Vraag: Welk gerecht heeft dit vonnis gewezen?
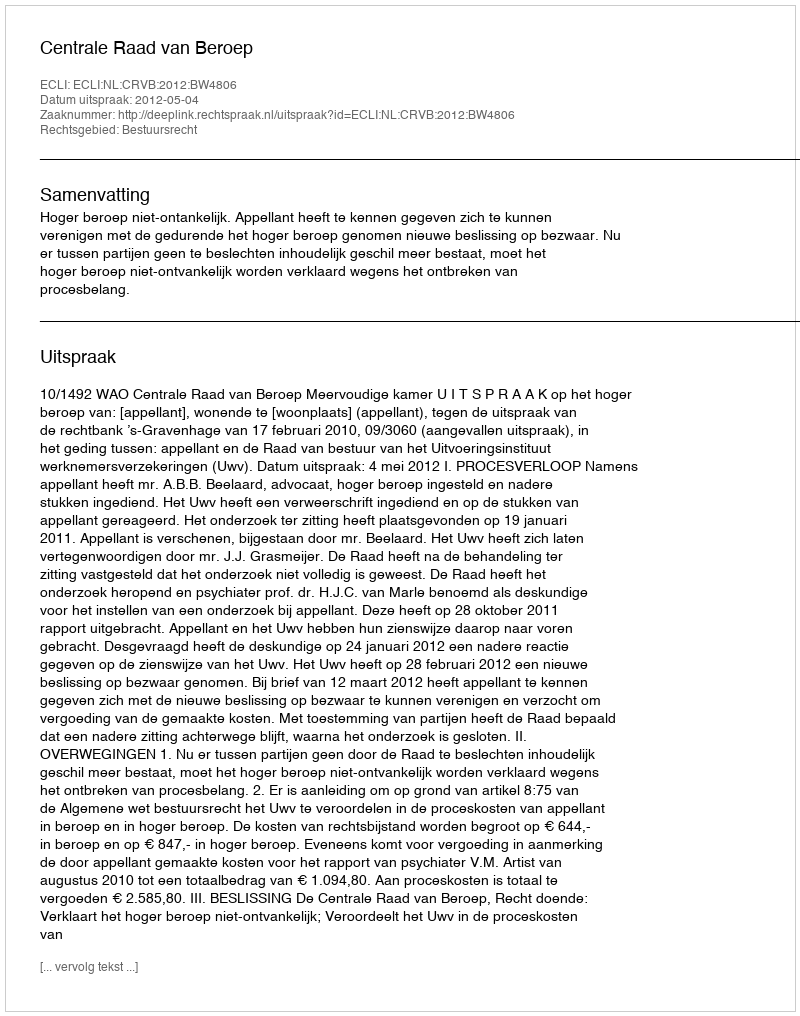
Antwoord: Centrale Raad van Beroep